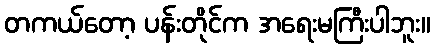
တကယ်တော့ ပန်းတိုင်က အရေးမကြီးပါဘူး။